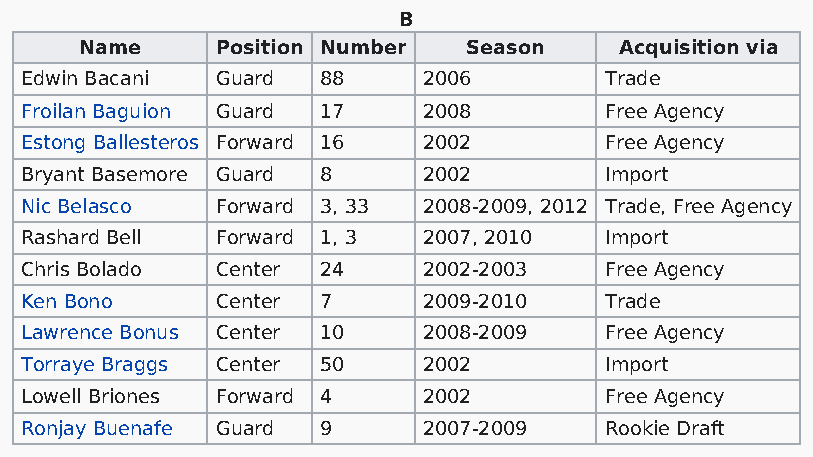
B
 Name     Position Number  Season    Acquisition via
 Edwin Bacani Guard  88     2006        Trade
 Froilan Baguion Guard 17   2008        Free Agency
 Estong Ballesteros Forward 16 2002     Free Agency
 Bryant Basemore Guard 8    2002        Import
 Nic Belasco  Forward 3, 33 2008-2009, 2012 Trade, Free Agency
 Rashard Bell Forward 1, 3  2007, 2010  Import
 Chris Bolado Center 24     2002-2003   Free Agency
 Ken Bono     Center 7      2009-2010   Trade
 Lawrence Bonus Center 10   2008-2009   Free Agency
 Torraye Braggs Center 50   2002        Import
 Lowell Briones Forward 4   2002        Free Agency
 Ronjay Buenafe Guard 9     2007-2009   Rookie Draft